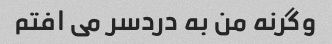
وگرنه من به دردسر می افتم